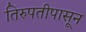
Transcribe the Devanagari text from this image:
तिरुपतीपासून